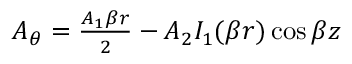
\begin{array} { r } { A _ { \theta } = \frac { A _ { 1 } \beta r } { 2 } - A _ { 2 } I _ { 1 } ( \beta r ) \cos { \beta z } } \end{array}